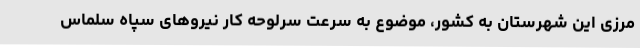
مرزی این شهرستان به کشور، موضوع به سرعت سرلوحه کار نیروهای سپاه سلماس